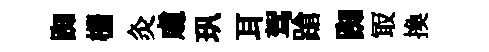
踟栅灸䖏㺬耳驾蹌踟冣換